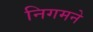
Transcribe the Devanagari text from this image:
निगमने